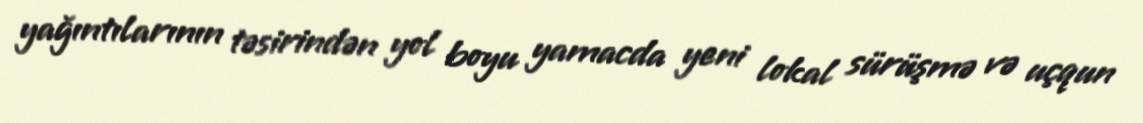
yağıntılarının təsirindən yol boyu yamacda yeni lokal sürüşmə və uçqun